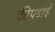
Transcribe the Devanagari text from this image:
कीपडाई